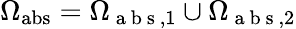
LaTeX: \Omega_{\mathrm{abs}}=\Omega_{\mathrm{~a~b~s~},1}\cup\Omega_{\mathrm{~a~b~s~},2}